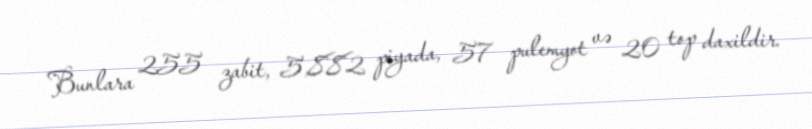
Bunlara 255 zabit, 5,882 piyada, 57 pulemyot və 20 top daxildir.